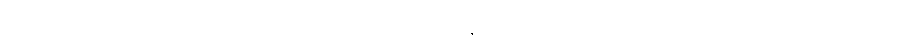
အေဿာသုံ၊ အဘယ်သို့ ကြားကုသနည်း။ ဘော၊ အချင်းတို့။ သကျပုတ္တော၊ သာကီဝင်မင်းသားဖြစ်သော။